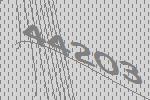
44203